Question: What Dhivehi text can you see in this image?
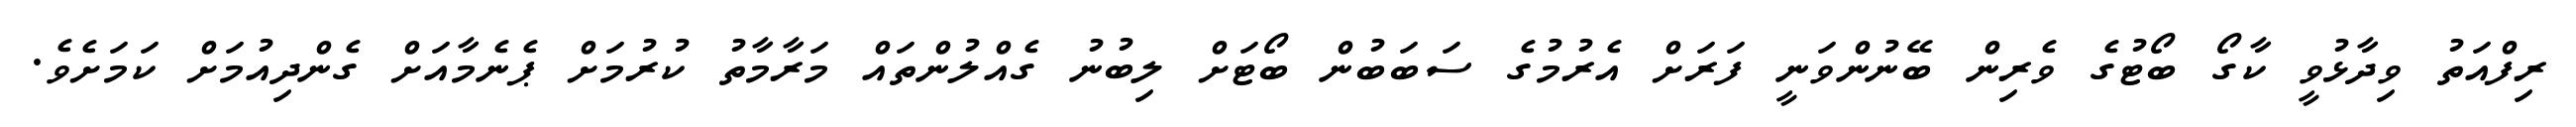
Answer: ރިފްއަތު ވިދާޅުވީ ކާގޯ ބޯޓުގެ ވެރިން ބޭނުންވަނީ ފަރަށް އެރުމުގެ ސަބަބުން ބޯޓަށް ލިބުނު ގެއްލުންތައް މަރާމާތު ކުރުމަށް ޕެނެމާއަށް ގެންދިއުމަށް ކަމަށެވެ.